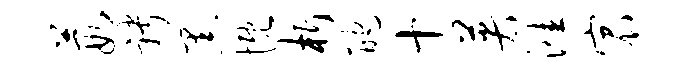
葭聘黑慨析酡十英涯宸